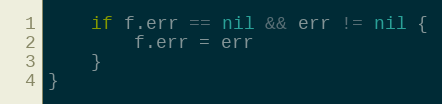
Language: Go
	if f.err == nil && err != nil {
		f.err = err
	}
}